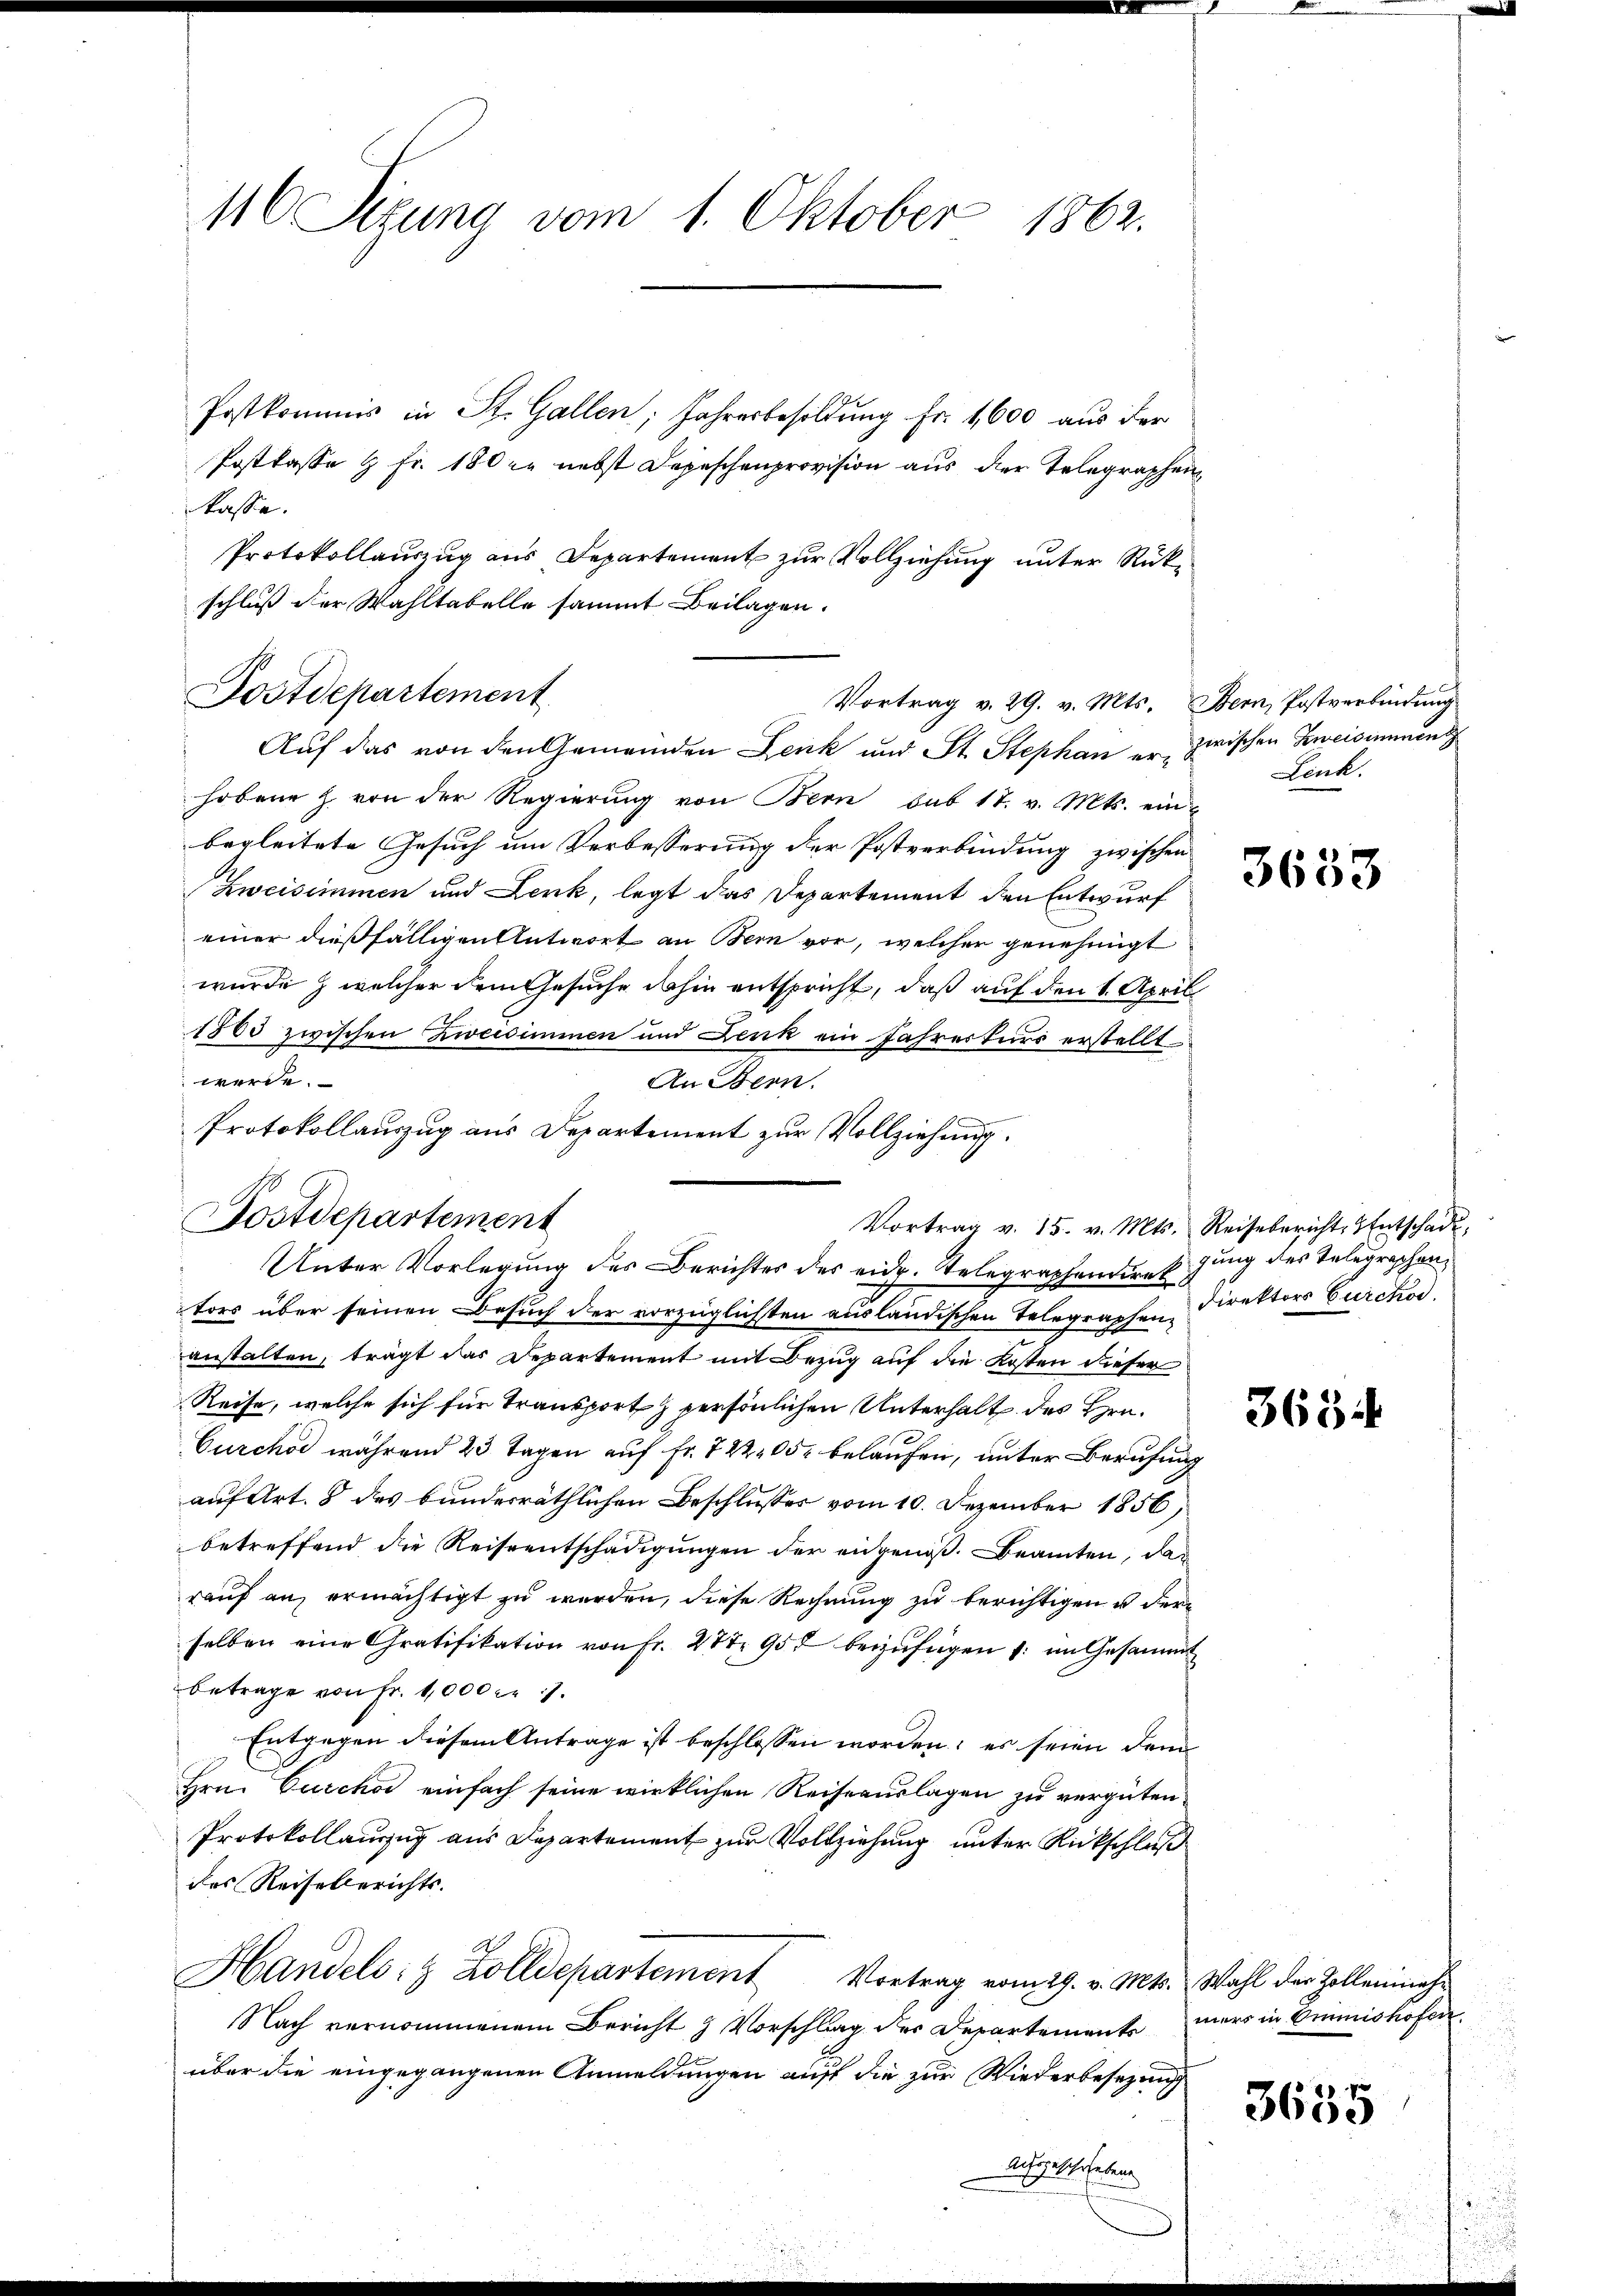
116 Sizung vom 1. Oktober 1862.

Postkommis in St. Gallen, Jahresbesoldung Fr. 1600 aus der
Postkasse & Fr. 180 f. nebst Depeschenprovision aus der Telegraphen
kasse.
Protokollauszug aus Departement zur Vollziehung unter Rückschluß der Wahltabelle sammt Beilagen.
Auf das von den Gemeinden Zenk und St. Stephan u. zwischen Zweisimmend
hobene Z. von der Regierung von Bern sub 17. v. Mts. ein
begleitete Gesuch um Verbesserung der Postverbindung zwischen
Zweisimmen und Lenk, legt das Departement den Entwurf
einer dießfälligen Antwort an Bern vor, welcher genehmigt
wurde, welcher dem Gesuche dahin entspricht, daß auf den 1. April
1883 zwischen Zweesimmen und Denk ein Jahreskurs erstellt
werde.
An Bern.
Protokollauszug aus Departement zur Vollziehung.
Unter Vorlegung des Berichtes des eid. Telegraphendirek jung des Telegraschen
tors über seinen Besuch der vorzüglichten ausländischen Telegraphen Direktors Burckod.
anstalten, trägt das Departement mit Bezug auf die Kosten dieser
Reise, welche sich für Transport persönlichen Unterhalt des Hrn.
Curchor während 23 Tagen auf Fr. 722 205 belaufen, unter Berufung
auf Art. 8 des bundesräthlichen Beschlusses vom 10. Dezember 1856,
betreffend die Reiseentschädigungen der angenoß. Beamten, da
rauf an, ermächtigt zu werden, diese Rechnung zu berichtigen u. der
selben eine Gratifikation von Fr. 27 t 957 beizufügen u. im Gesammt
Betrage von Fr. 1000 Fr.
Entgegen diesem Antrage ist beschlossen worden; es seien dem
Hrn. Curchor einfach seine wirklichen Reiseauslagen zu vergüten,
Protokollauszug aus Departement zur Vollziehung unter Rückschluß
des Reiselberichts-
Handels: Zolldepartement Vortrag vom 29. v. Mts. Wahl der Zolleninahe
Nach vernommenem Bericht & Vorschlag der Departements
über die eingegangenen Anmeldungen auf die zur Wiederbesezung
Ausgeschriebene

Postdepartement

Postdepartement

Vortrag v. 29. v. Mts. Bern, Postverbindung

Vortrag v. 15. v. Mts. Reisebericht. Entschade,

Lenk.

3633

363

mers in Ommnishofen.

3655